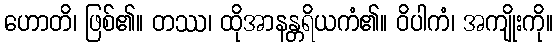
ဟောတိ၊ ဖြစ်၏။ တဿ၊ ထိုအာနန္တရိယကံ၏။ ဝိပါကံ၊ အကျိုးကို။